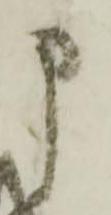
申